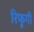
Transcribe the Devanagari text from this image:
रिफूगी